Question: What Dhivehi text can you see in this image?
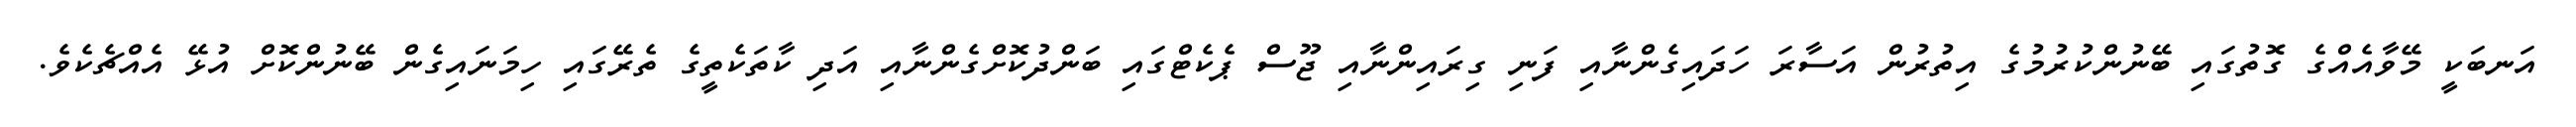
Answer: އަނބަކީ މޭވާއެއްގެ ގޮތުގައި ބޭނުންކުރުމުގެ އިތުރުން އަސާރަ ހަދައިގެންނާއި ފަނި ގިރައިންނާއި ޖޫސް ޕެކެޓްގައި ބަންދުކޮށްގެންނާއި އަދި ކާތަކެތީގެ ތެރޭގައި ހިމަނައިގެން ބޭނުންކޮށް އުޅޭ އެއްޗެކެވެ.